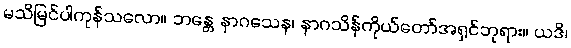
မသိမြင်ပါကုန်သလော။ ဘန္တေ နာဂသေန၊ နာဂသိန်ကိုယ်တော်အရှင်ဘုရား။ ယဒိ၊